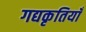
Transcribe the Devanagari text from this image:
गद्यकृतियाँ